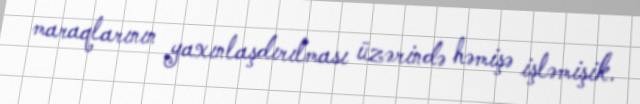
maraqlarının yaxınlaşdırılması üzərində həmişə işləmişik.